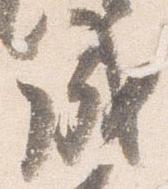
成